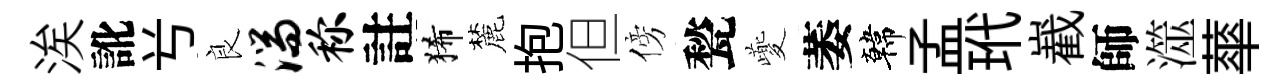
涘訛𠔃良湍称註狶麓抱但傍甃夔萎韓孟玳嶻師澨蕐